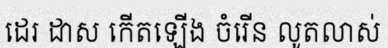
ដេរ ដាស កើតឡើង ចំរើន លូតលាស់